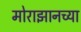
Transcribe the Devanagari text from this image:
मोराझानच्या